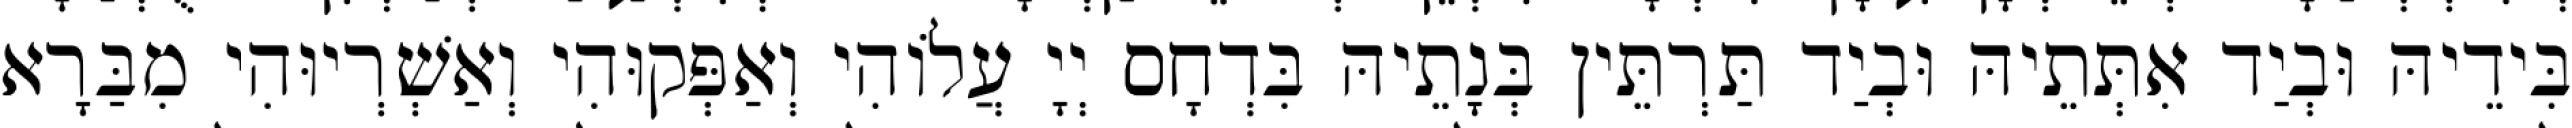
בִּידֵיהּ וּבְיַד אִתְּתֵיהּ וּבְיַד תַּרְתֵּין בְּנָתֵיהּ בִּדְחָס יְיָ עֲלוֹהִי וְאַפְּקוּהִי וְאַשְׁרְיוּהִי מִבַּרָא